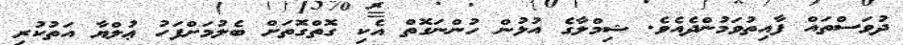
ދުވަސްތައް ފާއިތުވަމުންދެއެވެ. ޝިމްލާގެ އުޅުން ހުންނަގޮތް އެކި ގޮތްގޮތަށް ބެލުމަށްފަހު ޢުލްޔާ އަތުކުރި